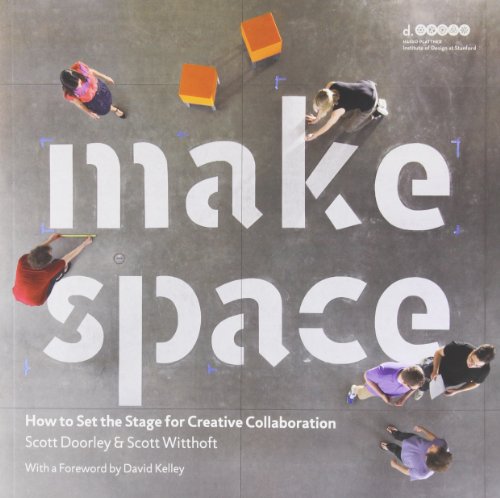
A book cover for Make Space: How to Set the Stage for Creative Collaboration; Scott Doorley; Crafts, Hobbies & Home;